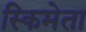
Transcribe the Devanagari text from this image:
स्किमेता